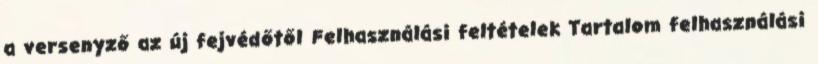
a versenyző az új fejvédőtől Felhasználási feltételek Tartalom felhasználási